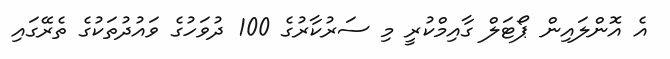
އެ އޮންލައިން ޕޯޓަލް ގާއިމްކުރީ މި ސަރުކާރުގެ 100 ދުވަހުގެ ވައުދުތަކުގެ ތެރޭގައި